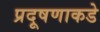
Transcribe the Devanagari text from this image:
प्रदूषणाकडे